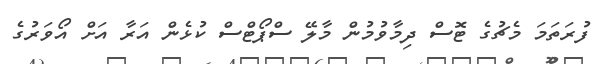
ފުރަތަމަ މެޗުގެ ޓޮސް ދިމާވުމުން މާލޭ ސްޕޯޓްސް ކުޅެން އަރާ އަށް އޯވަރުގެ